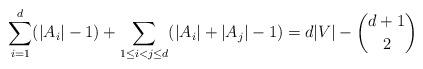
LaTeX: \begin{align*} \sum_{i=1}^{d}(|A_i|-1) + \sum_{1\le i<j\le d}(|A_i|+|A_j|-1) = d|V|-\binom{d+1}{2} \end{align*}